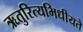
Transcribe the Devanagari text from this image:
ऋतुरित्यभिधीयते